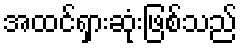
အထင်ရှားဆုံးဖြစ်သည်